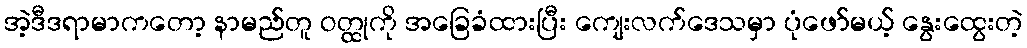
အဲ့ဒီဒရာမာကတော့ နာမည်တူ ဝတ္ထုကို အခြေခံထားပြီး ကျေးလက်ဒေသမှာ ပုံဖော်မယ့် နွေးထွေးတဲ့